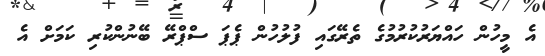
އެ މީހުން ހައްޔަރުކުރުމުގެ ތެރޭގައި ފުލުހުން ޕެޕަ ސްޕްރޭ ބޭނުންކުރި ކަމަށް އެ